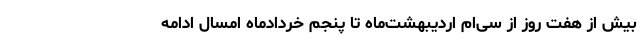
بیش از هفت روز از سی‌ام اردیبهشت‌ماه تا پنجم خردادماه امسال ادامه